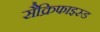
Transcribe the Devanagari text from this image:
सैक्रिफाइस्ड